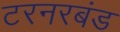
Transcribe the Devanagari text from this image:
टरनरबंड